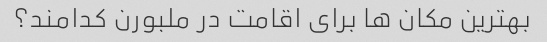
بهترین مکان ها برای اقامت در ملبورن کدامند؟